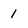
Character: 1